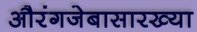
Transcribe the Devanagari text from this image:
औरंगजेबासारख्या